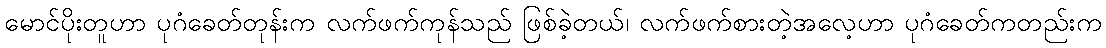
မောင်ပိုးတူဟာ ပုဂံခေတ်တုန်းက လက်ဖက်ကုန်သည် ဖြစ်ခဲ့တယ်၊ လက်ဖက်စားတဲ့အလေ့ဟာ ပုဂံခေတ်ကတည်းက